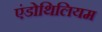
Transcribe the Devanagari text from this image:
एंडोथिलियम